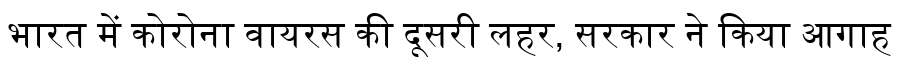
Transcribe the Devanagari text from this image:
भारत में कोरोना वायरस की दूसरी लहर, सरकार ने किया आगाह